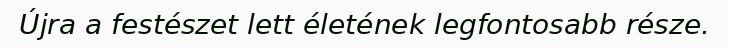
Újra a festészet lett életének legfontosabb része.